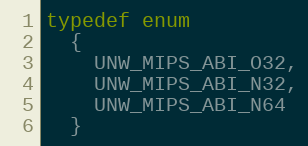
Language: C
typedef enum
  {
    UNW_MIPS_ABI_O32,
    UNW_MIPS_ABI_N32,
    UNW_MIPS_ABI_N64
  }